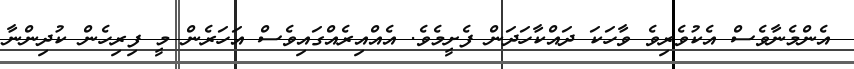
އެންމެނާވެސް އެކުވެރިވެ ވާހަކަ ދައްކާހަދަން ފެށީމެވެ. އެއްއިރެއްގައިވެސް އަހަރެން މީ ފިރިހެން ކުދިންނާ